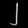
Digit: ၂